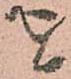
を